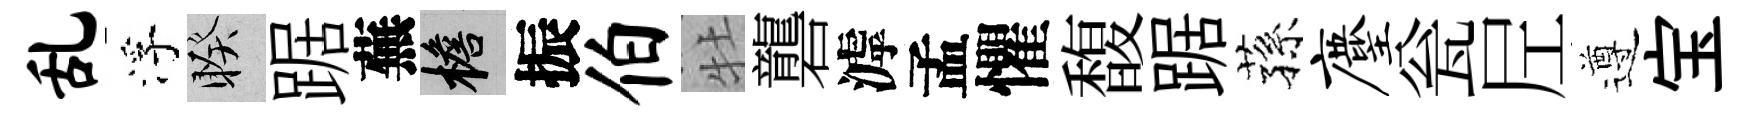
乱浮睽踞蕪檐振伯牡礱滹孟懼馥踞蓀麈瓮𡰱遵宝